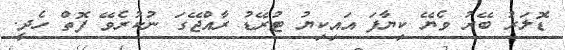
ޑޮލަރު ބޭރު ވެޔޭ ކިޔާފަ އައިކިޔު ޓުރޭޑު ރާއްޖޭގަ ނުކުރެވޭ ފޮތް ހެދީ.